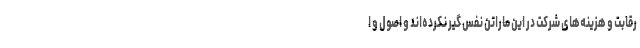
رقابت و هزینه‌های شرکت در این ماراتن نفس گیر نکرده‌اند و اصول و ا